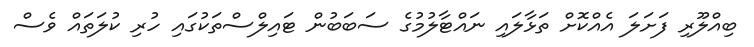
ބިއްލޫރި ފަށަލަ އެއްކޮށް ތަޅާލައި ނައްޓާލުމުގެ ސަބަބުން ޓައިލްސްތަކުގައި ހުރި ކުލަތައް ވެސް